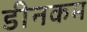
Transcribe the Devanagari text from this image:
डीनकम